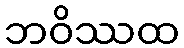
ဘဝိဿထ